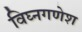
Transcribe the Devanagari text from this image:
विघ्नगणेश